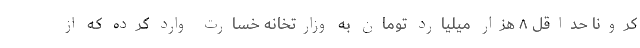
کرونا حداقل ۸ هزار میلیارد تومان به وزارتخانه خسارت وارد کرده که از